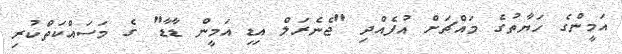
އަމީންގެ ހަޔާތުގެ މައްޗަށް އުފެއްދި "ޖެނެރަލް އިޑި އަމީން ޑާޑާ" ގެ މަސައްކަތްކުރި